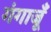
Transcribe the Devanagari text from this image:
गंगाजूँ